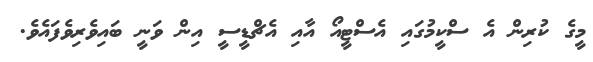
މީގެ ކުރިން އެ ސްކީމުގައި އެސްޓީއޯ އާއި އެޗްޑީސީ އިން ވަނީ ބައިވެރިވެފައެވެ.